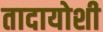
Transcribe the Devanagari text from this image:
तादायोशी